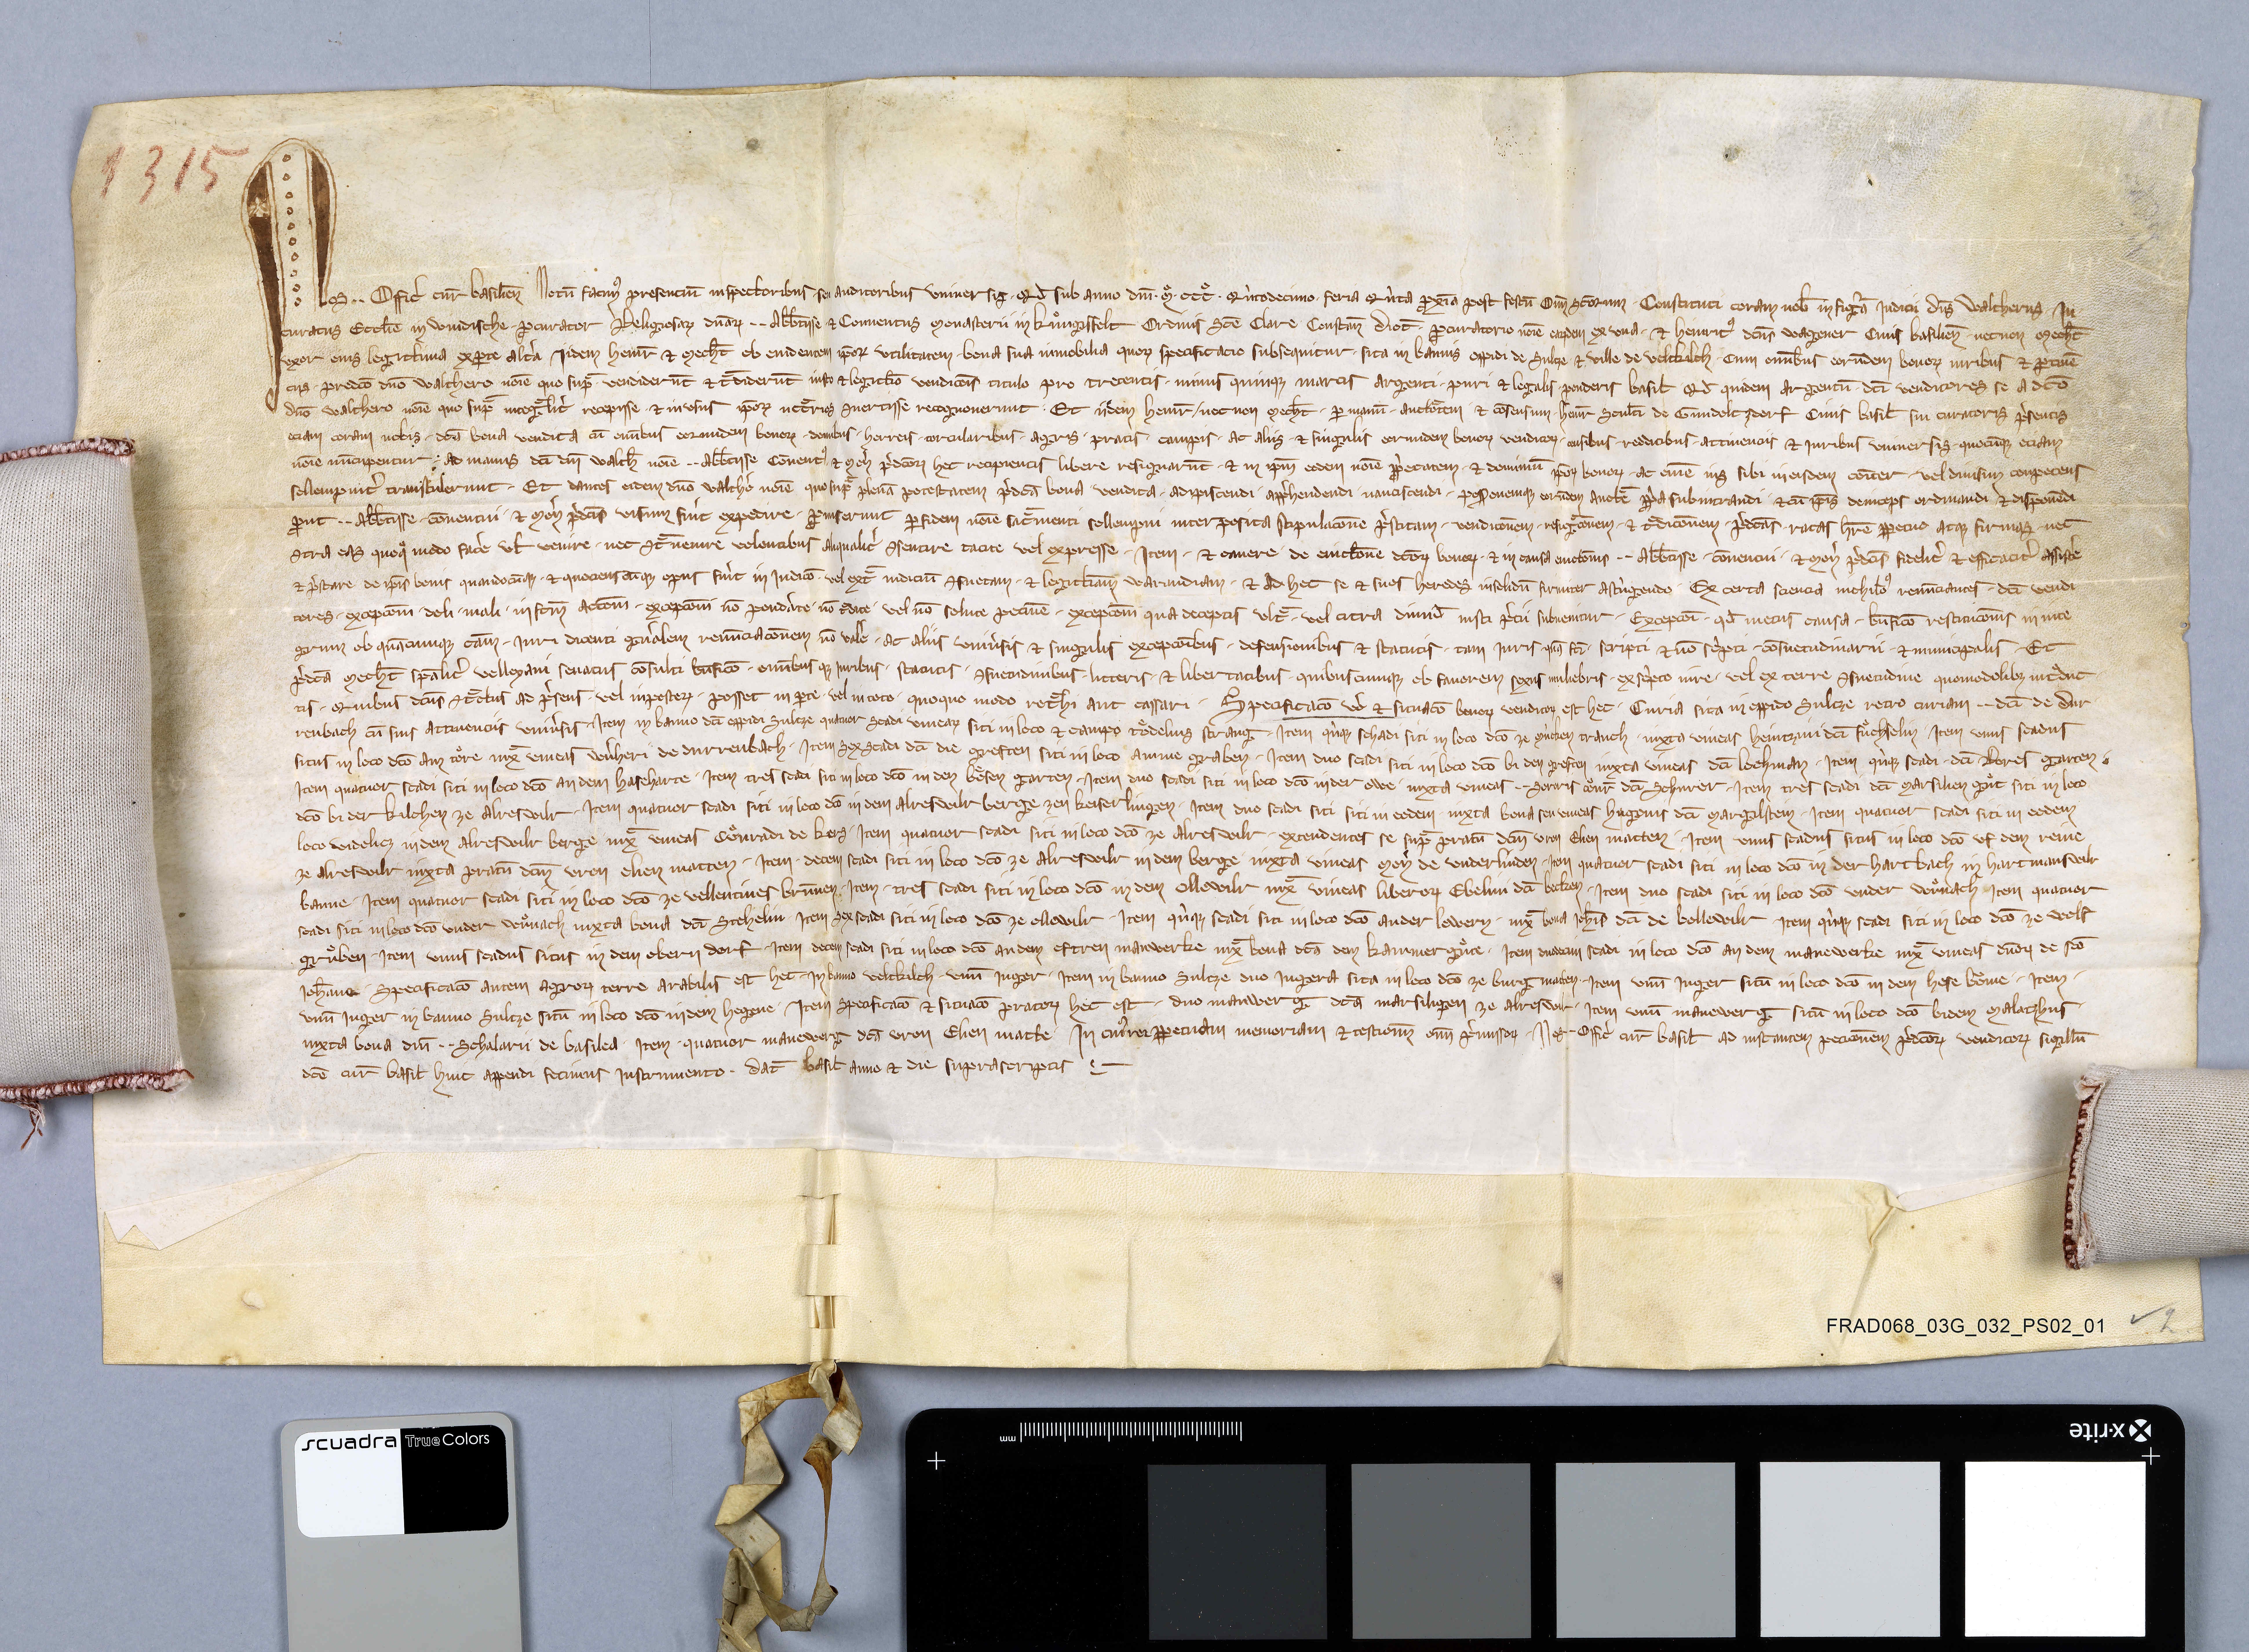
1315

Nos ✳ ✳ officͥ cūr Basilien̄ notū facimꝰ presentiū inspectoribus seu auditoribus universis qđ sub anno dn̄i ✳ mͦ ✳ cccͦ ✳ qnͥtodecimo feria qnͥta ꝓxīa post festū oīm sc̄orum constituti coram nob̄ in fig̃a iudicii dn̄s Waltherus ✳ in-
curatus eccl̄ie in Windische ꝓcurator religiosaꝝ dn̄aꝝ ✳ ✳ abb̄tisse ꝫ conventus monasterii in Kuͦngssfelt ordinis Sc̄e Clare Constan̄ dioc̄ ꝓcuratorio nōie eaꝝdem ex una ✳ ꝫ Heinricꝰ dc̄us Wagener civis Basilien̄ ✳ necnon Mech̄t
uxor eius legittima ex ꝑte altˀa iidem Heinr̄ ꝫ Mech̄t ob evidentem ip̄oꝝ utilitatem bona ✳ sua inmobilia quoꝝ specificatio subsequitur ✳ sita in bannis oppidi de Sultze ✳ ꝫ ville de Veltkilch ✳ cum om̄ibus eorūdem bonoꝝ iuribus et ꝑtinē-
ciis ✳ predc̄o dn̄o Walthero nōie quo sup̃ vendiderūt ꝫ t̃diderūt iusto ꝫ legittīo venditōis titulo pro trecentis ✳ minus quinqƺ marcis argenti ✳ puri ꝫ legalis ✳ ponderis Basil̄ qđ quidem argentū ✳ dc̄i venditores se a dc̄o
dn̄o Walthero nōie quo sup̃ integ̃litˀ recepisse ✳ ꝫ in usus ip̄oꝝ nc̃crios ✳ ꝯvertisse recognoverunt: ✳ et iidem Heinr̄ ✳ necnon Mech̄t ✳ ꝑ manū ✳ auctõtem ✳ ꝫ cōsensum ✳ Heinr̄ scul̄ti de Gundoltzdorf civis Basil̄ sui curatoris p̄sentis
etiam coram nobis ✳ dc̄a bona vendita cū om̄ibus eorundem bonoꝝ ✳ domibus ✳ horreis ✳ torculariubus ✳agris ✳pratis ✳campis ✳ac aliis ✳et singulis eorundem bonoꝝ venditoꝝ ✳ censibus ✳redditibus ✳attinentiis ꝫ iuribus universis ✳quocūqƺ etiam
nōie nūcupentur ✳ ac manus dc̄i dn̄i Walth̄ nōie ✳ ✳ abb̄tisse cōventꝰ ꝫ mon̄ p̄dc̄oꝝ hec recipientis libere resignarūt ✳ ꝫ in ip̄m eodem nōie ꝓp̄etatem ✳ ꝫ dominiū ip̄oꝝ bonoꝝ ✳ ac om̄e ius sibi in eisdem cōiter ✳ vel divisim ꝫ conpetens
sollempnitˀ transtulerunt ✳ et dantes eidem dn̄o Walthˀo nōie quo sup̃ plenā potestatem p̄dc̄a bona vendita ✳ adipiscendi ✳ app̄hendendi ✳ nanciscendi ✳ poss₎onemqƺ eorūdem auct̃e ꝓp̄a subintrandi ꝫ cū ip̄is deinceps ordinandi ꝫ disponēdi
ꝓut ✳ ✳ abb̄tisse ✳ cōventui ✳ ꝫ mon̄ p̄dc̄is visum fuˀit expedire ✳ ꝓviserunt ꝑfidem nōie sac̃menti sollempni interposita stipulac̄one p̄stitam venditōnem ✳ resig̃tonem ✳ ꝫ t̃ditōnem ✳ p̄dc̄as ✳ ratas hr̄e ꝑpetuo atqƺ firmas ✳ nec
ꝯtra eas quoqͦ modo facˀe ut venire ✳ nec ꝯt̃ venire volentibus aliqualitˀ ꝯsentire tacite vel expresse ✳ item ✳ ꝫ cavere de evictōne dc̄oꝝ bonoꝝ ✳ ꝫ in causa evictōnis ✳ ✳ abb̄tisse ✳ cōventui ꝫ mon̄ p̄dc̄is fidelitˀ ꝫ efficacitˀ assistˀe
ꝫ p̄stare de ip̄is bonis quandocūqƺ ✳ ꝫ quotiens cū qƺ opus fuˀit in iudic̄o ✳ vel ext̃ iudiciū ꝯsuetam ✳ ꝫ legittīam warandiam ✳ ꝫ ad hec se ꝫ suos heredes insolidū fimiter astˀngendo ✳ ex certa scientia nichil̄oꝰ renūciantes ✳ dc̄i vendi-
tores ✳ exceptōni ✳ doli ✳ mali ✳ in fc̄m actōni ✳ exceptōni nō pondˀate ✳ nō t̃dite ✳ vel nō solute pecūie ✳ exceptōni qua deceptis ult̃ ✳ vel citra dimid̄ iusti pˀcii subvenitur ✳ exceptōi ✳ qđ metus causa ✳ bn̄fic̄o restituc̄onis in inte-
grum ob quācumqƺ cām ✳ iuri dicenti genˀalem renūciac̄onem nō valeˀ ✳ ac aliis univˀsis ꝫ singulis excepcōibus ✳ defensionibus ꝫ statutis ✳ tam iuris quā fc̄i ✳ scripti ꝫ nō scˀpti ✳ cōsuetudinarii ✳ ꝫ municipalis ✳ et
p̄dc̄a Mech̄t sp̄alitˀ Velleyani senatus cōsulti bn̄ficō ✳ om̄ibus qƺ iuribus ✳ statutis ✳ ꝯsuetudinibus ✳ litteris ✳ ꝫ libertatibus quibuscumqƺ ob favorem sexus muliebris ✳ ex scˀpto iure ✳ vel ex terre ꝯsuetudine quomodolibƺ int̃duc-
tis ✳ quibus dc̄us ꝯt̃ctus ad p̄sens ✳ vel inposteꝝ ✳ posset in ꝑte ✳ vel in toto ✳ quoquo modo ret̃hi aut cassari ✳ specificatō vˀo et situat̄o bonoꝝ venditoꝝ est hec ✳ curia sita in oppido Sultze retro curiam ✳ ✳ dc̄i de Dur-
renbach cū suis attenentiis univˀsis. ✳ item in banno dc̄i oppidi Sultze quatuor scadi vineaꝝ siti in loco ꝫ campo Toͤdelins Strang ✳ item qnͥqƺ schadi siti in loco dc̄o ze Mùcken Tranch ✳ iuxta vineas Heintzini dc̄i Fuͤchselin ✳ item unus scadus
situs in loco dc̄o Am Toͤre iux̃ vineas Wˀnheri de Durrenbach ✳ item sex scadi dc̄i die Greften siti in loco Amme Graben ✳ item duo scadi siti in loco dc̄o Bi den Greften iuxta vineas dc̄i Lochman ✳ item qnͥqƺ scadi ✳ dc̄i Lores Garten ✳
item quatuor scadi siti in loco dc̄o An dem Haseharte ✳ item tres scadi siti in loco dc̄o In den Boͤsen Garten ✳ item duo scadi siti in loco dc̄o In der Owe ✳ iuxta vineas ✳ ✳ sororis Coͧnr̄ dc̄i Schurer ✳ item tres scadi dc̄i Marsilien Guͤt siti in loco
dc̄o bi der Kilchen ze Alreswilr ✳ item quatuor scadi siti in loco dc̄o In dem Alreswilrberge zen Keiserlingen ✳ item duo scadi siti siti in eodem iuxta bona seu vineas Hugonis dc̄i Margilstein ✳ item quatuor scadi siti in eodem
loco videlicƺ In dem Alreswilr berge iux̃ vineas Cuͦnradi de Kers ✳ item quatuor scadi siti in loco dc̄o ze Alreswilr ✳ extendentes se sup̃ pratū dc̄m vron Elien Matten ✳ item unus scadus situs in loco dc̄o Uf dem Reine
ze Alreswilr iuxta pratū dc̄m vron Elien Matten ✳ item decem scadi siti in loco dc̄o ze Alreswilr In dem Berge iuxta vineas mon̄ de Underlinden ✳ item quatuor scadi siti in loco dc̄o In der Hartbach in Hartmanswilr
banne ✳ item quatuor scadi siti in loco dc̄o ze Vellentines Brūnen ✳ item ✳ tres scadi siti in loco dc̄o in dem Ollewilr iux̃ vineas liberoꝝ Ebelini dc̄i Becken ✳ item duo scadi siti in loco dc̄o Under Wrͦnach ✳ item quatuor
scadi siti in loco dc̄o Under Wrͦnach iuxta bona dc̄i Stehelin ✳ item sex scadi siti in loco dc̄o ze Ollewilr ✳ item quͥqƺ scadi siti in loco dc̄o An der Lewern ✳ iux̃ Joh̄is dc̄i de Bollewilr ✳ item qnͥqƺ scadi siti in loco dc̄o ze Wolf-
gruͦben ✳ item unus scadus situs in dem Obern Dorf ✳ item decem scadi siti in loco dc̄o An dem Eftren Manwerke iux̃ bona dc̄a dem Kammerguͤte ✳ item duodecim scadi in loco dc̄o An dem Manewerke iux̃ vineas dn̄oꝝ de Sc̄o
Joh̄ane ✳ specificat̄o autem agroꝝ terre arabilis est hec ✳ in banno Veltkilch ✳ unū iuger ✳ item in banno Sultze duo iugera sita in loco dc̄o ze Burgmatten ✳ item unū iuger sitū in loco dc̄o In dem Hese boͧme ✳ item ✳
unū iuger in banno Sultze sitū in loco dc̄o In dem Hegene ✳ item specificat̄o ꝫ situat̄o pratoꝝ hec est ✳ duo manwerg dc̄a Marsiligen ze Alreswilr ✳ item unū manewerg sitū in loco dc̄o bi dem Malatzhus ✳
iuxta bona dn̄i ✳ ✳ Schalarii de Basilea ✳ item quatuor manewerg dc̄a vron Elien Matte. ✳ in cuiꝰ rei ꝑpetuam memoriam ꝫ testiōim oīm p̄missoꝝ ✳ nos ✳ ✳ officͥ cur̄ Basil̄ ad instantem petit̄onem p̄dc̄oꝝ venditoꝝ sigillū
dc̄e cūr Basil̄ hinc appendi fecimus instrumento. ✳ dat̄ Basil̄ anno ꝫ die suprascriptis. ✳